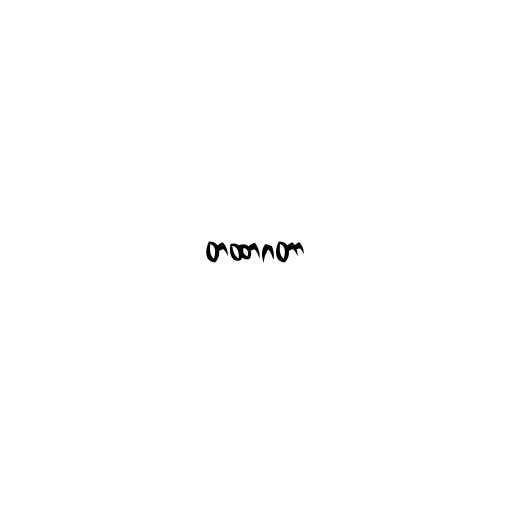
တထာဂတာ